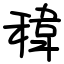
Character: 稦